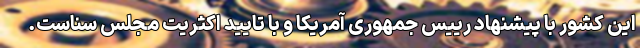
این کشور با پیشنهاد رییس جمهوری آمریکا و با تایید اکثریت مجلس سناست.